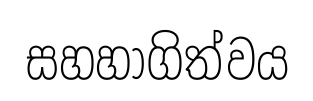
සහහාගිත්වය